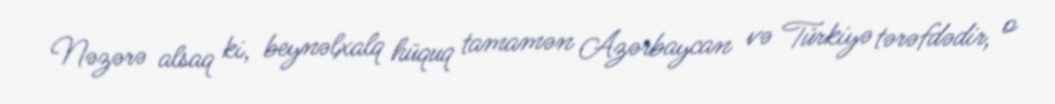
Nəzərə alsaq ki, beynəlxalq hüquq tamamən Azərbaycan və Türkiyə tərəfdədir, o